Investigations into the jail dietaries of the United Provinces with some observations on the influence of dietary on the physical development and well-being of the people of the United Provinces - Number 48
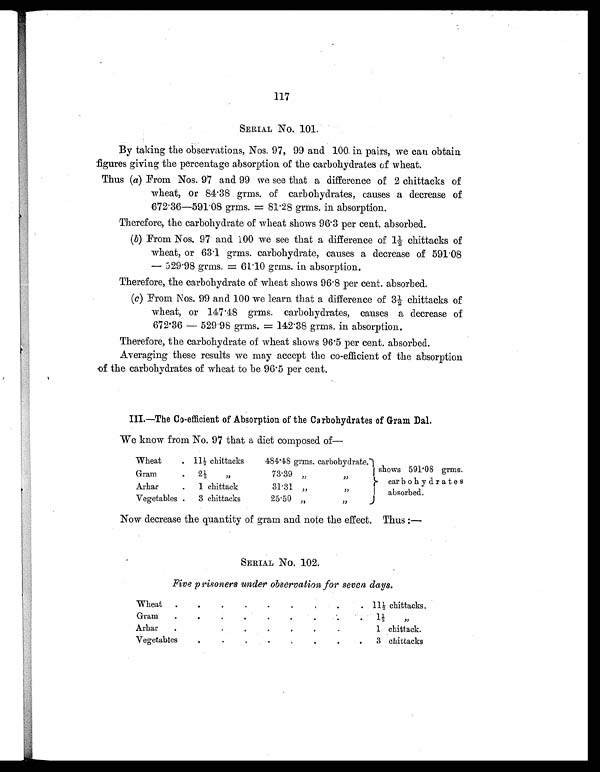
117
SERIAL NO. 101.
By taking the observations, Nos. 97, 99 and 100 in pairs, we can obtain
figures giving the percentage absorption of the carbohydrates of wheat.
Thus (a) From Nos. 97 and 99 we see that a difference of 2 chittacks of
wheat, or 84.38 grms. of carbohydrates, causes a decrease of
672.36—591.08 grms. = 81.28 grms. in absorption.
Therefore, the carbohydrate of wheat shows 96.3 per cent. absorbed.
(b) From Nos. 97 and 100 we see that a difference of 1½ chittacks of
wheat, or 63.1 grms. carbohydrate, causes a decrease of 591.08
— 529.98 grms. = 61.10 grms. in absorption.
Therefore, the carbohydrate of wheat shows 96.8 per cent. absorbed.
(c) From Nos. 99 and 100 we learn that a difference of 3½ chittacks of
wheat, or 147.48 grms. carbohydrates, causes a decrease of
672.36 — 529.98 grms. = 142.38 grms. in absorption.
Therefore, the carbohydrate of wheat shows 96.5 per cent. absorbed.
Averaging these results we may accept the co-efficient of the absorption
of the carbohydrates of wheat to be 96.5 per cent.
III.—The Co-efficient of Absorption of the Carbohydrates of Gram Dal.
We know from No. 97 that a diet composed of—
Wheat
. 11½ chittacks
484.48 grms. carbohydrate. shows 591.08 grms.
carbohydrates
absorbed.
Gram
. 2½ „
73.39 „
„
Arhar
. 1 chittack
31.31 „
„
Vegetables . 3 chittacks
25.50 „
„
Now decrease the quantity of gram and note the effect. Thus :—
SERIAL NO. 102.
Five prisoners under observation for seven days.
Wheat .
.
. .
.
. . .
. 11½ chittacks.
Gram .
.
.
.
.
.
.
.
. 1 ½ „
Arhar
. .
.
.
.
.
.
.
.
1 c h i t t a c k .
Vegetables
.
. .
. .
.
.
. 3 chittacks